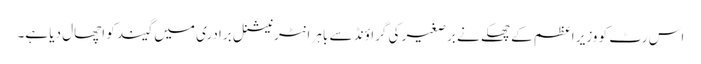
اس رٹ کو وزیر اعظم کے چھکے نے برصغیر کی گراؤنڈ سے باہر انٹرنیشنل برادری میں گیند کو اچھال دیا ہے۔